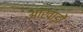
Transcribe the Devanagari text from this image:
आखाड़ों